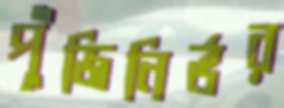
পুঁজিনির্ভর